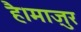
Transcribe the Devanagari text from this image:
है।माज़ुर